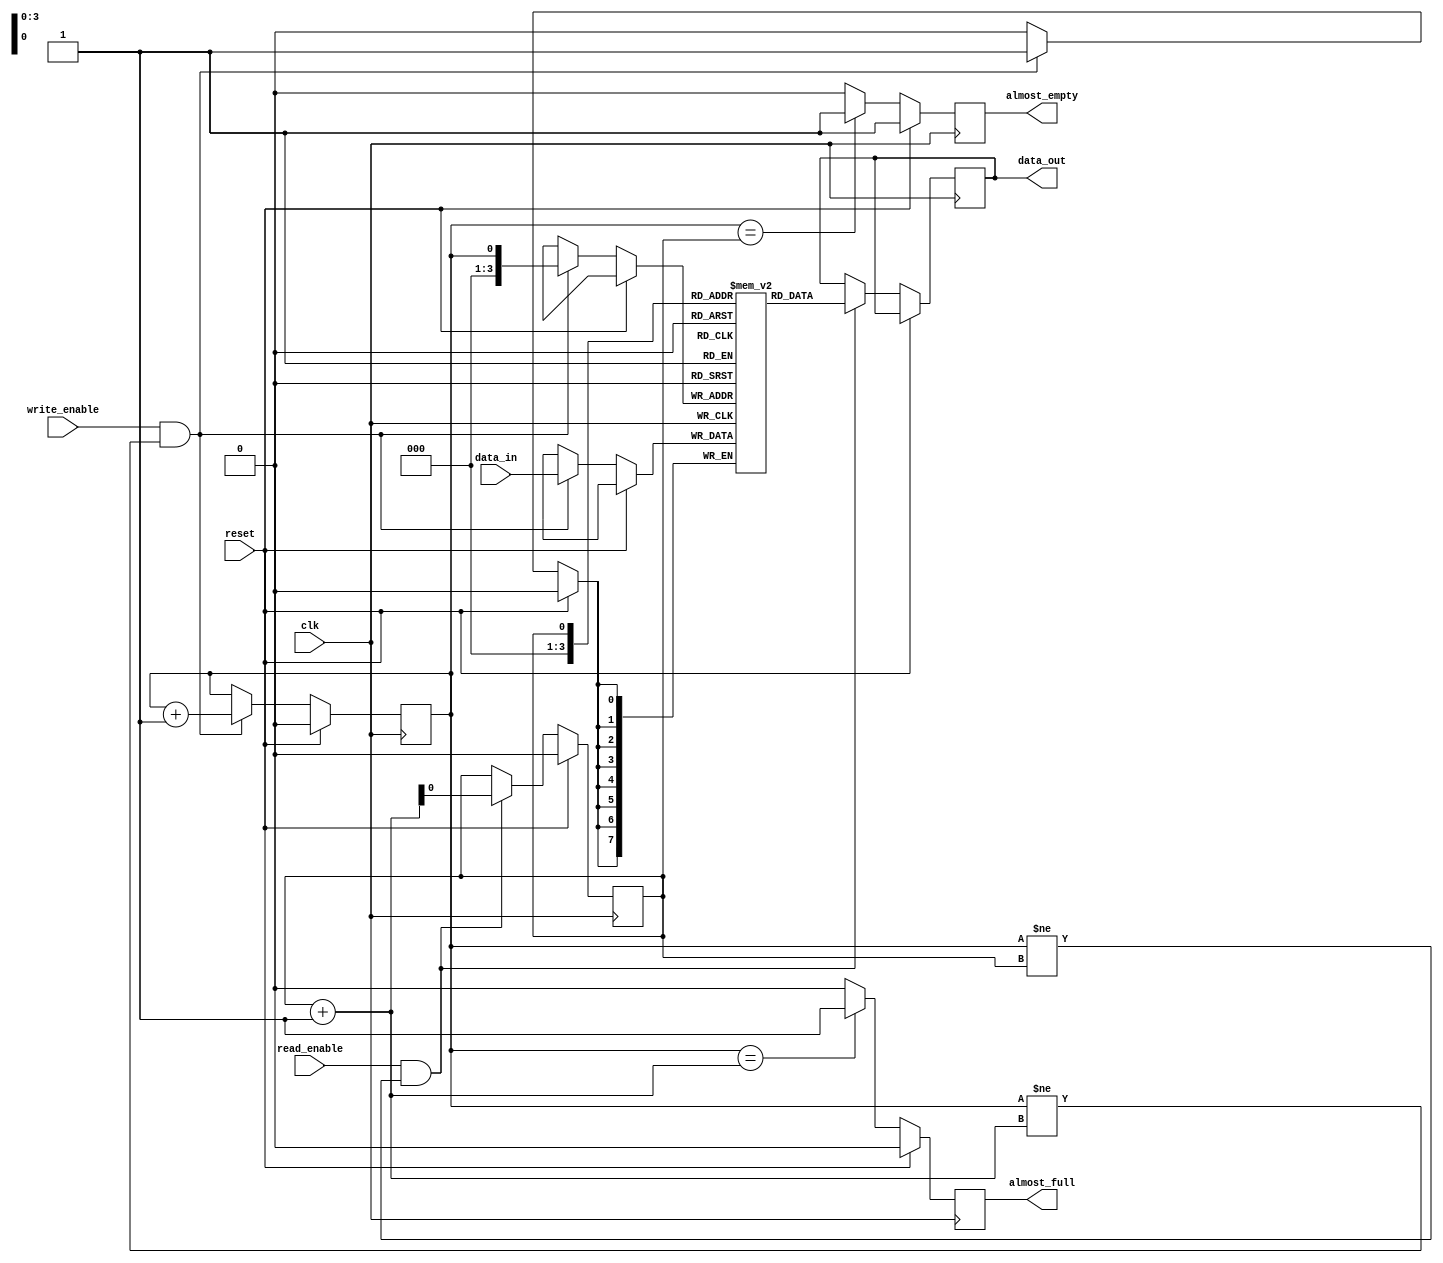
module fifo #(
  parameter DATA_WIDTH = 8,
  parameter DEPTH = 16,
  parameter ALMOST_FULL_THRESHOLD = DEPTH - 2,
  parameter ALMOST_EMPTY_THRESHOLD = 3
)(
  input wire clk,
  input wire reset,
  input wire write_enable,
  input wire read_enable,
  input wire [DATA_WIDTH-1:0] data_in,
  output reg [DATA_WIDTH-1:0] data_out,
  output reg almost_full,
  output reg almost_empty
);

reg [DATA_WIDTH-1:0] buffer [0:DEPTH-1];
reg head = 0;
reg tail = 0;

always @(posedge clk) begin
  if (reset) begin
    head <= 0;
    tail <= 0;
    almost_full <= 0;
    almost_empty <= 1;
  end else begin
    if (write_enable && (head != tail + 1)) begin
      buffer[head] <= data_in;
      head <= head + 1;
    end

    if (read_enable && (head != tail)) begin
      data_out <= buffer[tail];
      tail <= tail + 1;
    end

    if (head == tail + 1) begin
      almost_full <= 1;
    end else begin
      almost_full <= 0;
    end
    
    if (head == tail) begin
      almost_empty <= 1;
    end else begin
      almost_empty <= 0;
    end
  end
end

endmodule